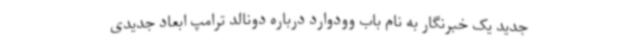
جدید یک خبرنگار به نام باب وودوارد درباره دونالد ترامپ ابعاد جدیدی